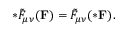
* \tilde { F } _ { \mu \nu } ( { \bf F } ) = \tilde { F } _ { \mu \nu } ( { \bf * F } ) .